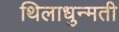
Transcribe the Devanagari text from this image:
थिलाधुन्मती